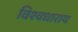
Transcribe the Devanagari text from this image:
विश्वधाराय